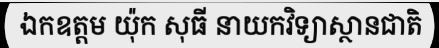
ឯកឧត្តម យ៉ុក សុធី នាយកវិទ្យាស្ថានជាតិ